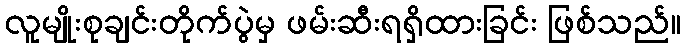
လူမျိုးစုချင်းတိုက်ပွဲမှ ဖမ်းဆီးရရှိထားခြင်း ဖြစ်သည်။